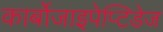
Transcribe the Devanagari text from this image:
कार्बोजाइपेप्टिडेज